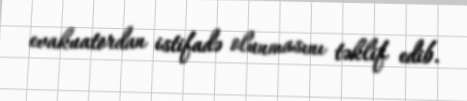
evakuatordan istifadə olunmasını təklif edib.